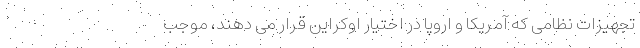
تجهیزات نظامی که آمریکا و اروپا در اختیار اوکراین قرار می دهند، موجب